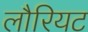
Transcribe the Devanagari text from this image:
लौरियट